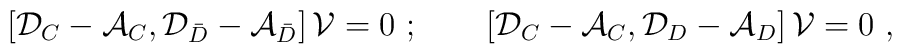
\left[{\cal D}_C-{\cal A}_C,{\cal D}_{\bar D}-{\cal A}_{\bar D}\right]{\cal V}=0\ ;\qquad\left[{\cal D}_C-{\cal A}_C,{\cal D}_D-{\cal A}_D\right]{\cal V}=0\ ,